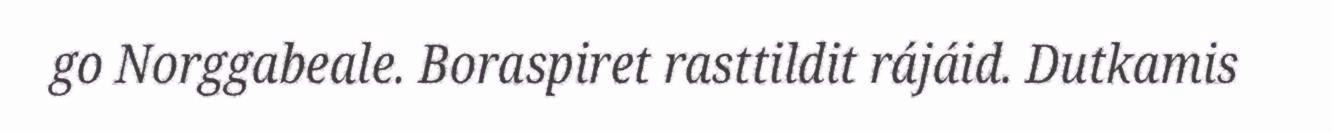
go Norggabeale. Boraspiret rasttildit rájáid. Dutkamis